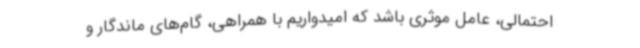
احتمالی، عامل موثری باشد که امیدواریم با همراهی، گام‌های ماندگار و